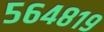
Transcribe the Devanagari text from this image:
५६४८१९